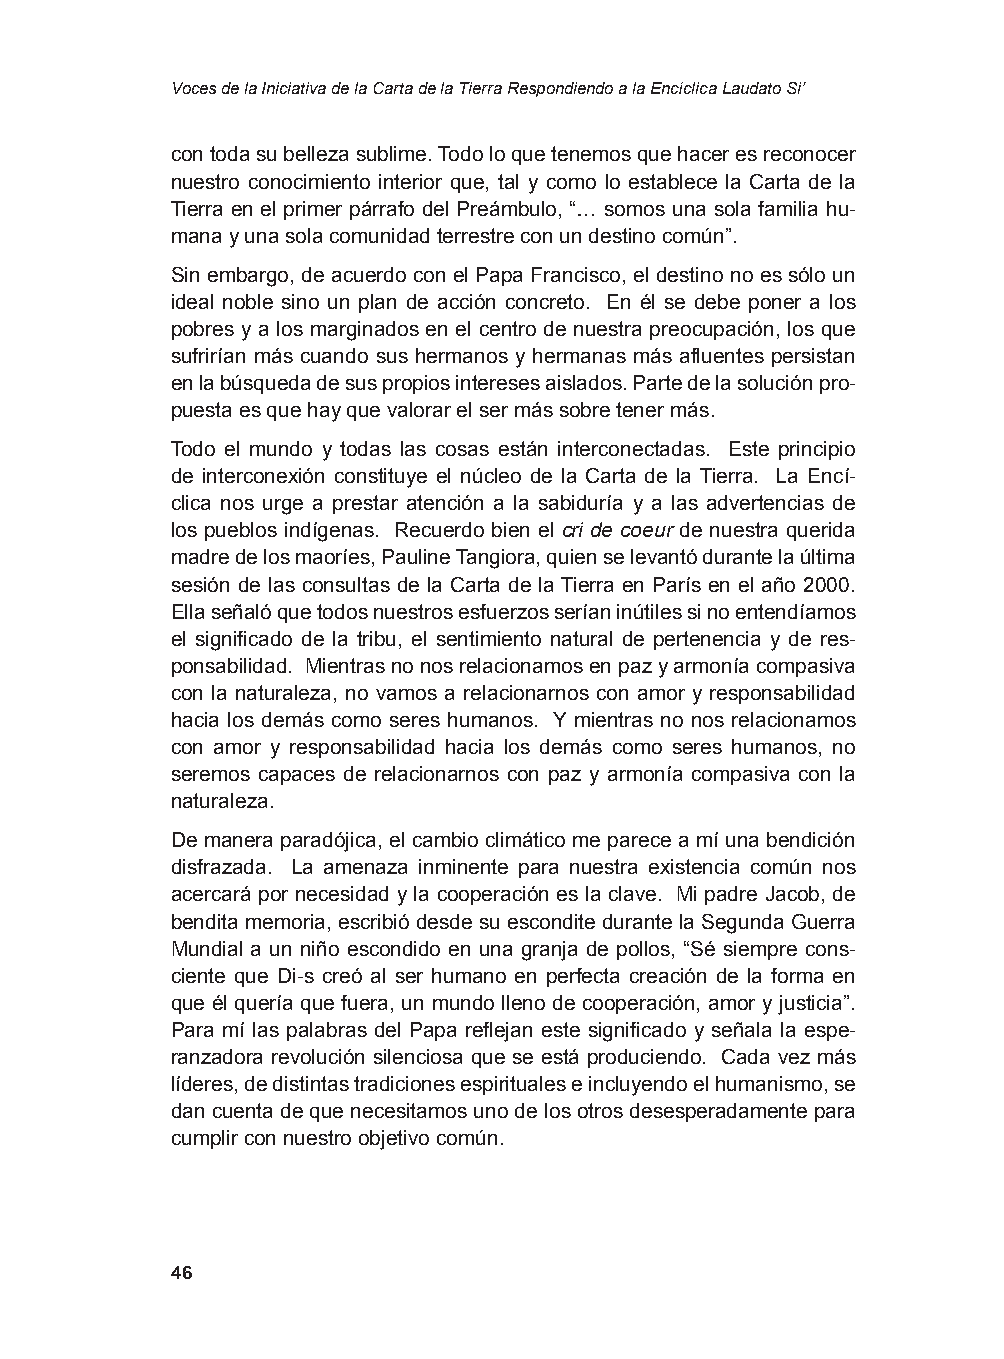
Voces de la Iniciativa de la Carta de la Tierra Respondiendo a la Encíclica Laudato Si’
 con toda su belleza sublime. Todo lo que tenemos que hacer es reconocer
 nuestro conocimiento interior que, tal y como lo establece la Carta de la
 Tierra en el primer párrafo del Preámbulo, “… somos una sola familia hu-
 mana y una sola comunidad terrestre con un destino común”.
 Sin embargo, de acuerdo con el Papa Francisco, el destino no es sólo un
 ideal noble sino un plan de acción concreto. En él se debe poner a los
 pobres y a los marginados en el centro de nuestra preocupación, los que
 sufrirían más cuando sus hermanos y hermanas más afluentes persistan
 en la búsqueda de sus propios intereses aislados. Parte de la solución pro-
 puesta es que hay que valorar el ser más sobre tener más.
 Todo el mundo y todas las cosas están interconectadas. Este principio
 de interconexión constituye el núcleo de la Carta de la Tierra. La Encí-
 clica nos urge a prestar atención a la sabiduría y a las advertencias de
 los pueblos indígenas. Recuerdo bien el cri de coeur de nuestra querida
 madre de los maoríes, Pauline Tangiora, quien se levantó durante la última
 sesión de las consultas de la Carta de la Tierra en París en el año 2000.
 Ella señaló que todos nuestros esfuerzos serían inútiles si no entendíamos
 el significado de la tribu, el sentimiento natural de pertenencia y de res-
 ponsabilidad. Mientras no nos relacionamos en paz y armonía compasiva
 con la naturaleza, no vamos a relacionarnos con amor y responsabilidad
 hacia los demás como seres humanos. Y mientras no nos relacionamos
 con amor y responsabilidad hacia los demás como seres humanos, no
 seremos capaces de relacionarnos con paz y armonía compasiva con la
 naturaleza.
 De manera paradójica, el cambio climático me parece a mí una bendición
 disfrazada. La amenaza inminente para nuestra existencia común nos
 acercará por necesidad y la cooperación es la clave. Mi padre Jacob, de
 bendita memoria, escribió desde su escondite durante la Segunda Guerra
 Mundial a un niño escondido en una granja de pollos, “Sé siempre cons-
 ciente que Di-s creó al ser humano en perfecta creación de la forma en
 que él quería que fuera, un mundo lleno de cooperación, amor y justicia”.
 Para mí las palabras del Papa reflejan este significado y señala la espe-
 ranzadora revolución silenciosa que se está produciendo. Cada vez más
 líderes, de distintas tradiciones espirituales e incluyendo el humanismo, se
 dan cuenta de que necesitamos uno de los otros desesperadamente para
 cumplir con nuestro objetivo común.
 46